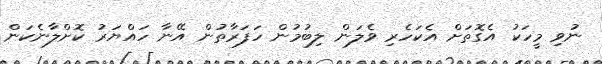
ނުވި މީހަކު އެގޮތަށް އެކަހެރި ވެލަން ލިބުމުން ހަފަރާތުން އޭނާ ހައްޔަރު ކޮށްލާނެކަން